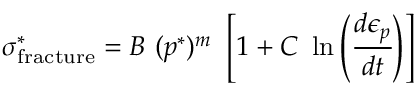
\sigma _ { \mathrm { { f r a c t u r e } } } ^ { * } = B ~ ( p ^ { * } ) ^ { m } ~ \left[ 1 + C ~ \ln \left( { \cfrac { d \epsilon _ { p } } { d t } } \right) \right]